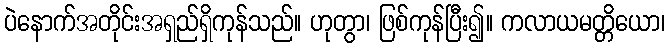
ပဲနောက်အတိုင်းအရှည်ရှိကုန်သည်။ ဟုတွာ၊ ဖြစ်ကုန်ပြီး၍။ ကလာယမတ္တိယော၊